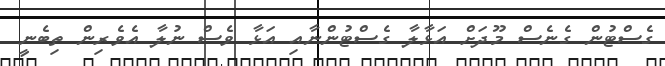
ގެސްޓުން ގެނެސް މޫދަށް އަޅާލާ ގެސްޓުންނާއި އަޅާ ވެސް ނުލާ އެވެރިން ތިބެނީ